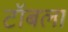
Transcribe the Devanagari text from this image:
टॉबला